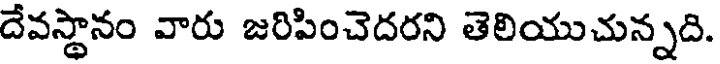
దేవస్థానం వారు జరిపించెదరని తెలియుచున్నది.